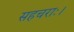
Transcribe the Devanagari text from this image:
सहचराः।